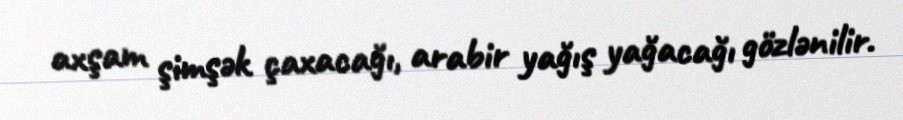
axşam şimşək çaxacağı, arabir yağış yağacağı gözlənilir.